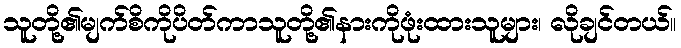
သူတို့၏မျက်စိကိုပိတ်ကာသူတို့၏နားကိုဖုံးထားသူများ၊ လိုချင်တယ်။